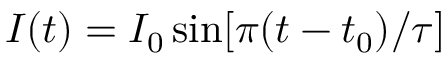
I ( t ) = I _ { 0 } \sin [ \pi ( t - t _ { 0 } ) / \tau ]